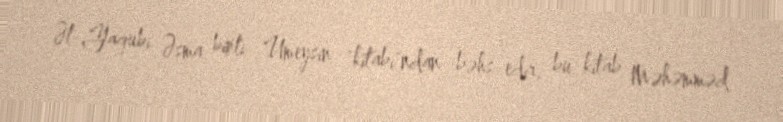
Əl-Yaqubi Əsma binti Umeysin "kitabı"ndan bəhs edir, bu kitab Məhəmməd